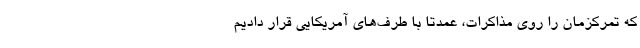
که تمرکزمان را روی مذاکرات، عمدتاً با طرف‌های آمریکایی قرار دادیم